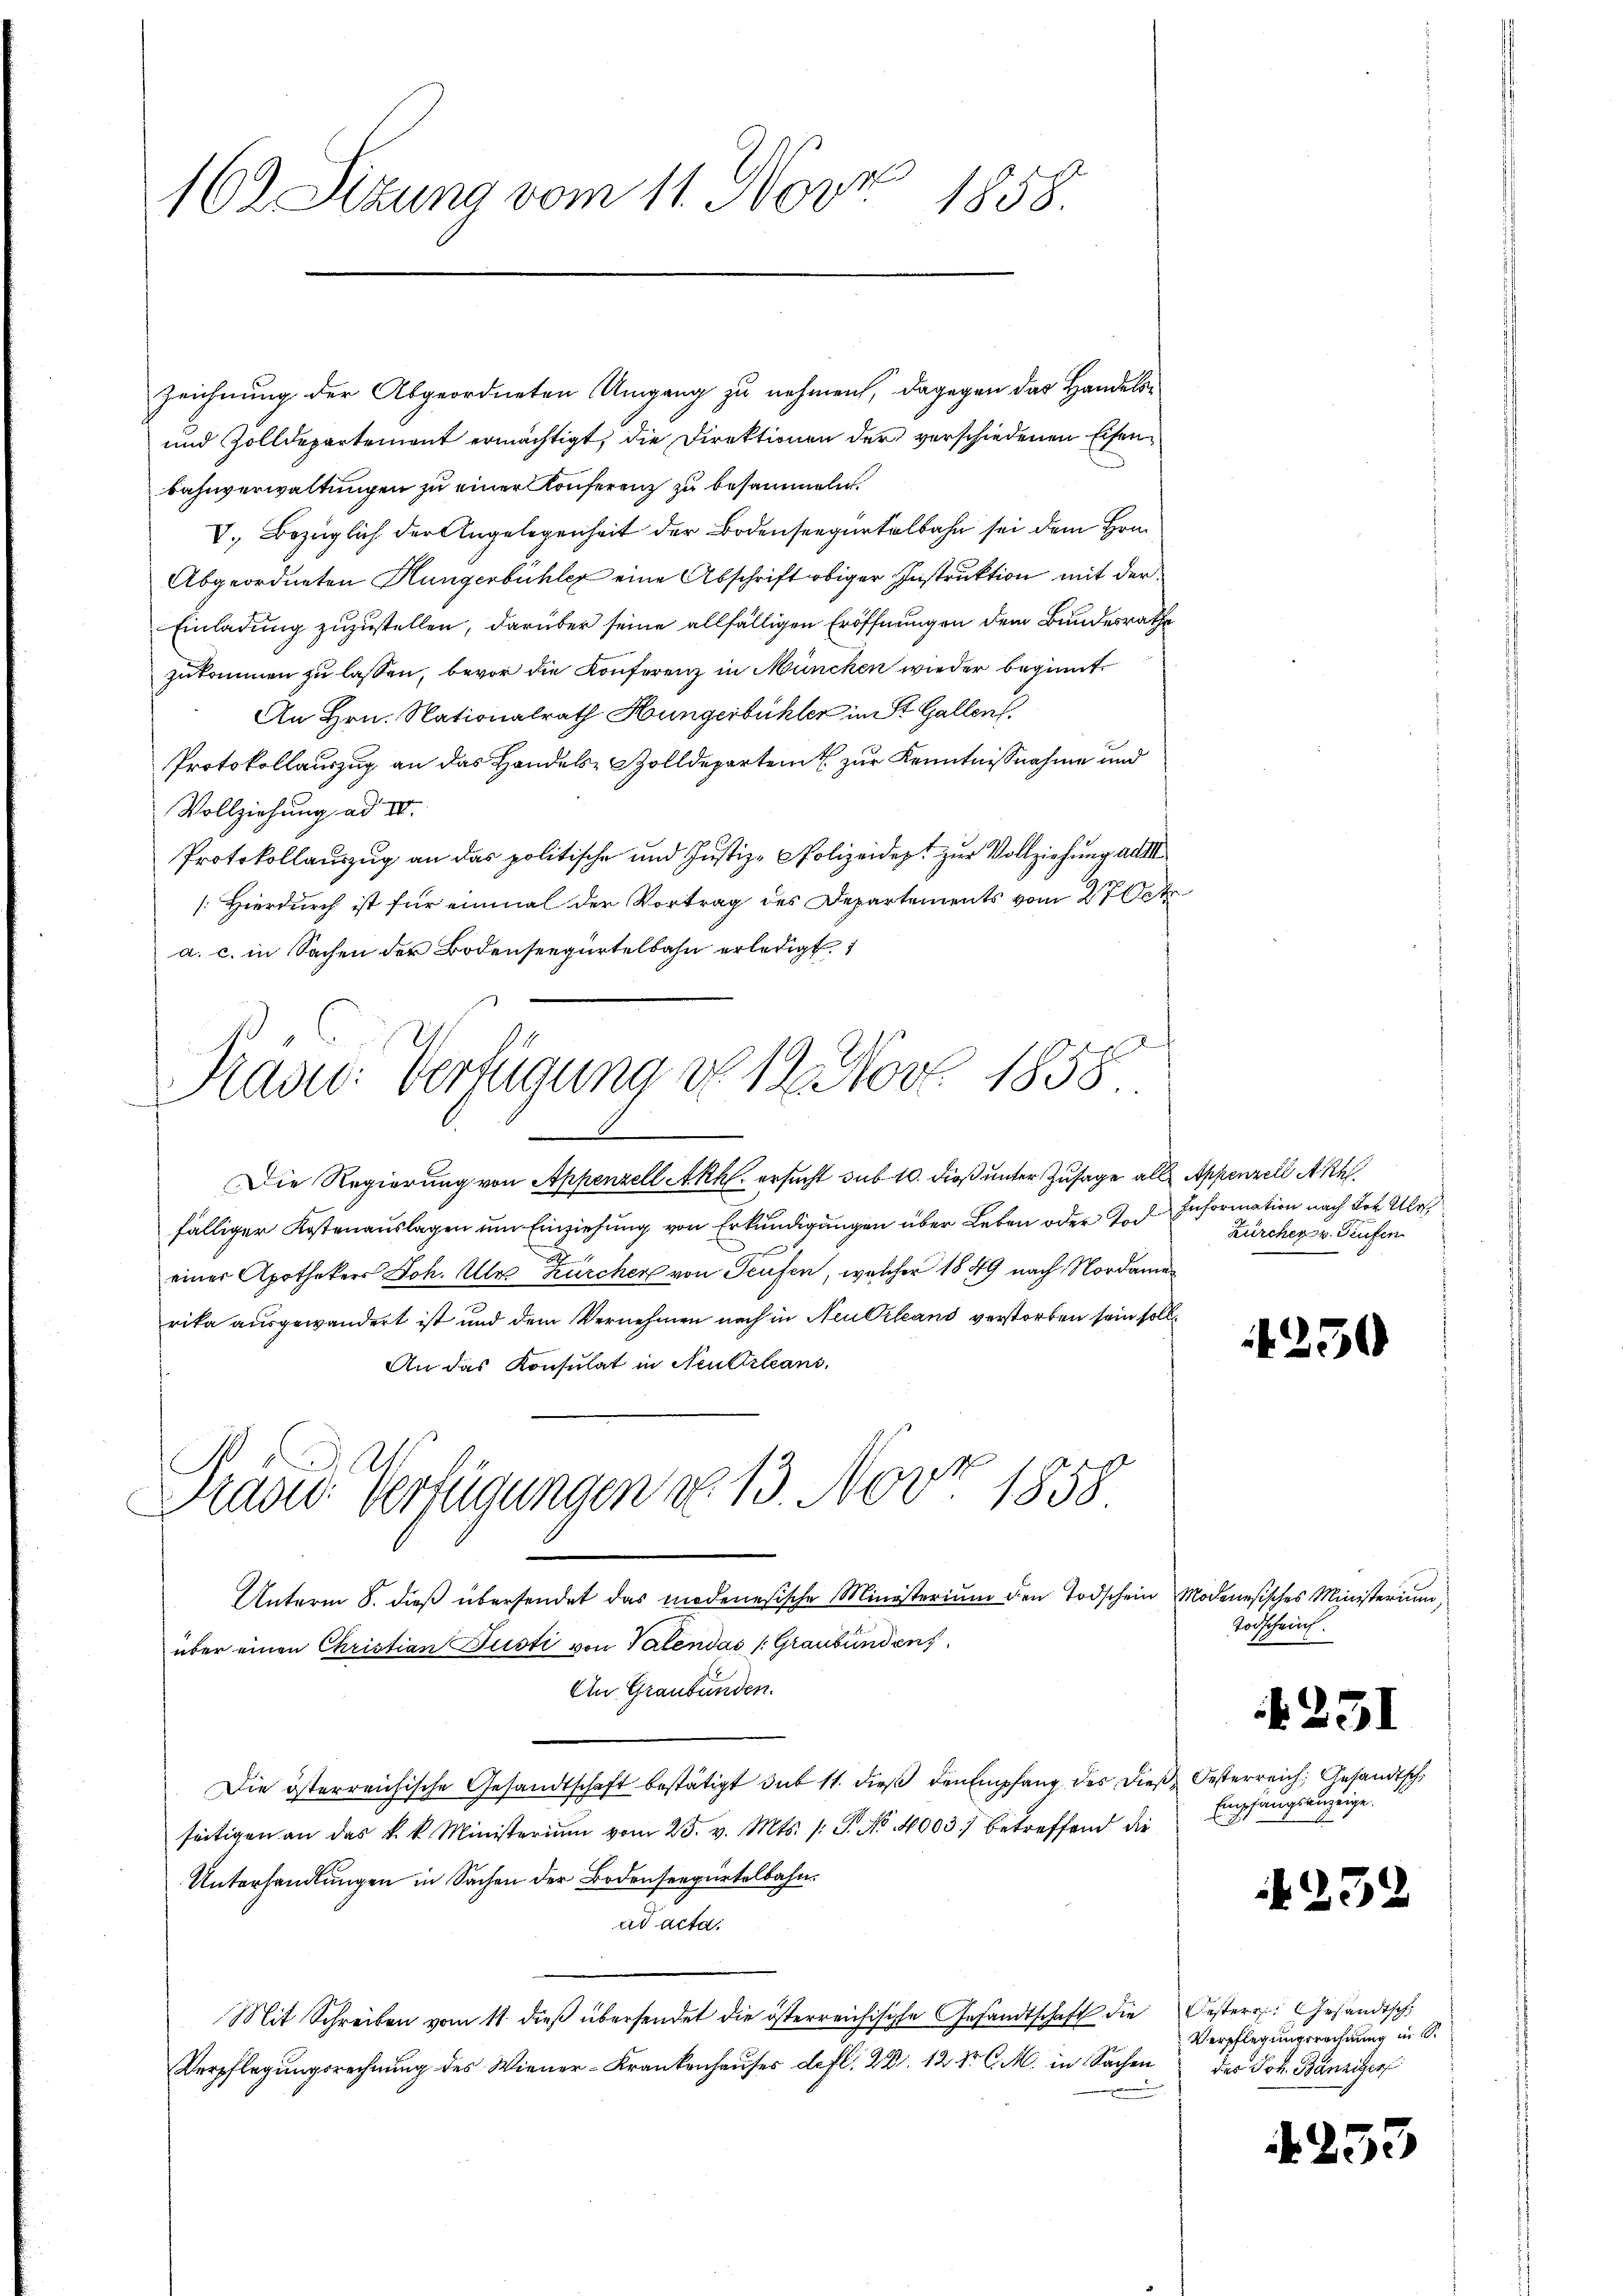
E
162 Sizung vom 11. Nove
1858.

Zeichnung der Abgeordneten Umgang zu nehmen, dagegen das Handels¬
und Zolldepartement ermächtigt, die Direktionen der verschiedenen Eisenbahnverwaltungen zu einer Konferenz zu besammeln.
V. Bezüglich der Angelegenheit der Bodenseegertalbahn sei dem Hrn
Abgeordneten Hungerbühler eine Abschrift obiger Instruktion mit der
Einladung zuzustellen, darüber seine allfälligen Eröffnungen dem Bundesrathe
zukommen zu lassen, bevor die Konferenz in München wieder beginnt
An Hrn. Nationalrath Hungerbühler im St. Gallen.
Protokollauszug an das Handels- Zolldepartem zur Kenntnißnahme und
Vollziehung ad III.
Protokollauszug an das politische und Justiz-Polizeidept zur Vollziehung all
[Hierdurch ist für einmal der Vortrag des Departements vom 27 Okt.
a. c. in Sachen der Bodenseegürtelbahn erledigt.

Präve: Verfügung von 12. Nov. 1858

Grades Verfügungen No 13. Nov. 1858

.
Die Regierung von Appenzell Akh. ersucht sub 10. dieß unter Zusage alle Appenzell A.Rh.
fälliger Kostenauslagen um Einziehung von Erkundigungen über Leben oder Tod Information nach der Ulr
einer Apothekers Joh. Als Zürcher von Teufen, welcher 1849 nach Nordamerika ausgewandert ist und dem Vernehmen nach in Neu Orleand verstorben sein soll¬
An das Konsulat in Neuttrleans,
Unterm 8. dieß übersendet das modenesische Ministerium den Todschein Modenesisches Ministerium,
über einen Christian Justi von Valendás (Graubünden,
An Graubünden.
Die österreichische Gesandtschaft bestätigt du 11. dieß den Empfang des dieß Oesterreich, Gesandtsch
seitigen an das k. k. Ministerium vom 25. v. Mts. /: P. No. 4003) betreffend die
Unterhandlungen in Sachen der Bodenseepürtelbahnad acta.
Mit Schreiben vom 11. dieß übersendet die österreichische Gesandtschaft die Oesterr. Gesandtsch
Verpflegungsrechnung des Wiener-Krankenhauses defl. 23. 12 Xr C. M. in Sachen

Zürcher v. Teufen

425

Todscheint.

Empfangsanzeige.

25

Verpflegungsrechnung in S.
das Joh. Bänziger

25.

¬

s

253